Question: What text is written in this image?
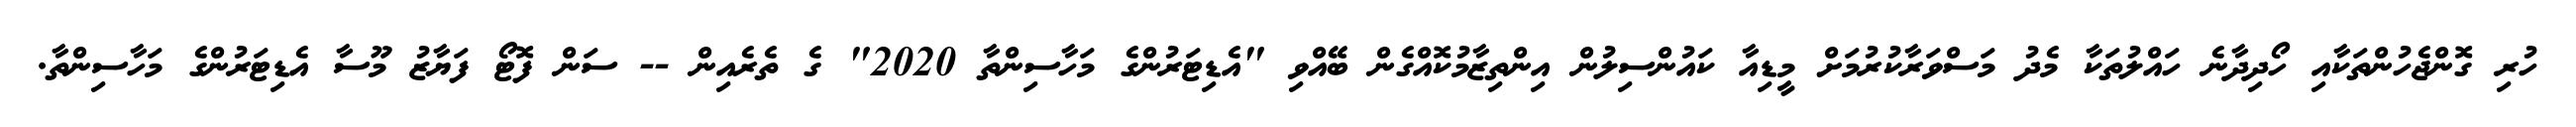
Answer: ހުރި ގޮންޖެހުންތަކާއި ހޯދިދާނެ ހައްލުތަކާ މެދު މަސްވަރާކުރުމަށް މީޑިއާ ކައުންސިލުން އިންތިޒާމުކޮއްގެން ބޭއްވި "އެޑިޓަރުންގެ މަހާސިންތާ 2020" ގެ ތެރެއިން -- ސަން ފޮޓޯ ފަޔާޒު މޫސާ އެޑިޓަރުންގެ މަހާސިންތާ.